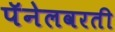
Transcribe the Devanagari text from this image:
पॅनेलवरती